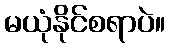
မယုံနိုင်စရာပဲ။